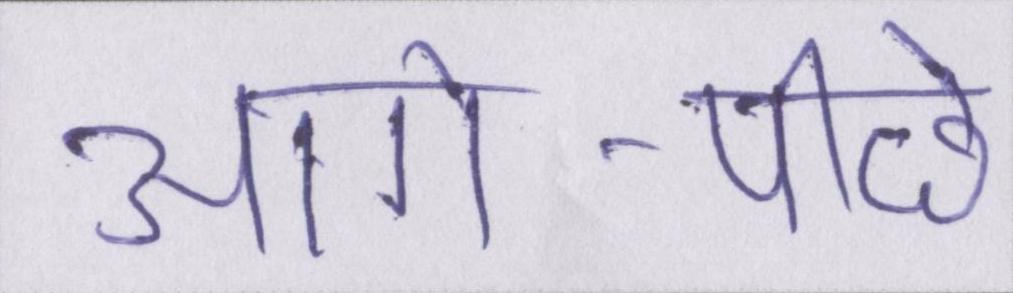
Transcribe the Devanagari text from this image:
आगे-पीछे